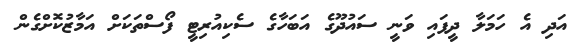
އަދި އެ ހަމަލާ ދީފައި ވަނީ ސައުދޫގެ އަބަހާގެ ސެކިއުރިޓީ ފޯސްތަކަށް އަމާޒުކޮށްގެން